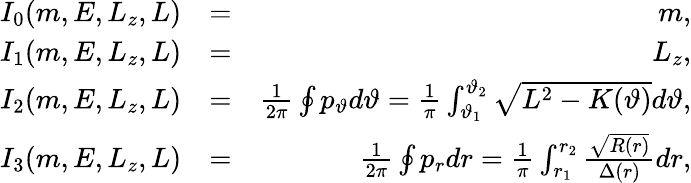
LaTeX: \begin{array}{rlr}{I_{0}(m,E,L_{z},L)}&{=}&{m,}\\ {I_{1}(m,E,L_{z},L)}&{=}&{L_{z},}\\ {I_{2}(m,E,L_{z},L)}&{=}&{\frac{1}{2\pi}\oint p_{\vartheta}d\vartheta=\frac{1}{\pi}\int_{\vartheta_{1}}^{\vartheta_{2}}\sqrt{L^{2}-K(\vartheta)}d\vartheta,}\\ {I_{3}(m,E,L_{z},L)}&{=}&{\frac{1}{2\pi}\oint p_{r}dr=\frac{1}{\pi}\int_{r_{1}}^{r_{2}}\frac{\sqrt{R(r)}}{\Delta(r)}dr,}\end{array}